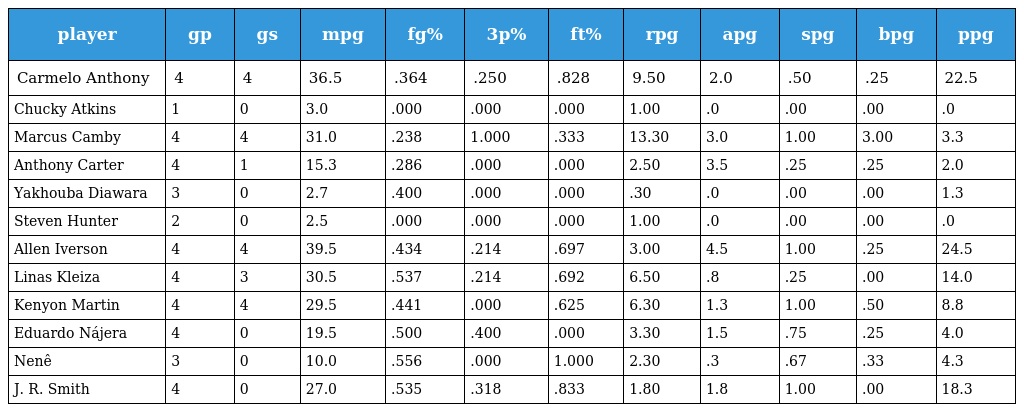
| player | gp | gs | mpg | fg% | 3p% | ft% | rpg | apg | spg | bpg | ppg |
 | --- | --- | --- | --- | --- | --- | --- | --- | --- | --- | --- | --- |
 | Carmelo Anthony | 4 | 4 | 36.5 | .364 | .250 | .828 | 9.50 | 2.0 | .50 | .25 | 22.5 |
 | Chucky Atkins | 1 | 0 | 3.0 | .000 | .000 | .000 | 1.00 | .0 | .00 | .00 | .0 |
 | Marcus Camby | 4 | 4 | 31.0 | .238 | 1.000 | .333 | 13.30 | 3.0 | 1.00 | 3.00 | 3.3 |
 | Anthony Carter | 4 | 1 | 15.3 | .286 | .000 | .000 | 2.50 | 3.5 | .25 | .25 | 2.0 |
 | Yakhouba Diawara | 3 | 0 | 2.7 | .400 | .000 | .000 | .30 | .0 | .00 | .00 | 1.3 |
 | Steven Hunter | 2 | 0 | 2.5 | .000 | .000 | .000 | 1.00 | .0 | .00 | .00 | .0 |
 | Allen Iverson | 4 | 4 | 39.5 | .434 | .214 | .697 | 3.00 | 4.5 | 1.00 | .25 | 24.5 |
 | Linas Kleiza | 4 | 3 | 30.5 | .537 | .214 | .692 | 6.50 | .8 | .25 | .00 | 14.0 |
 | Kenyon Martin | 4 | 4 | 29.5 | .441 | .000 | .625 | 6.30 | 1.3 | 1.00 | .50 | 8.8 |
 | Eduardo Nájera | 4 | 0 | 19.5 | .500 | .400 | .000 | 3.30 | 1.5 | .75 | .25 | 4.0 |
 | Nenê | 3 | 0 | 10.0 | .556 | .000 | 1.000 | 2.30 | .3 | .67 | .33 | 4.3 |
 | J. R. Smith | 4 | 0 | 27.0 | .535 | .318 | .833 | 1.80 | 1.8 | 1.00 | .00 | 18.3 |